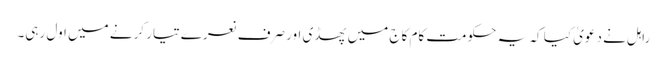
راہل نے دعویٰ کیا کہ یہ حکومت کام کاج میں پھسڈی اور صرف نعرے تیار کرنے میں اول رہی۔